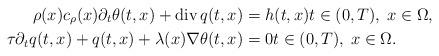
LaTeX: \begin{align*} \rho(x) c_{\rho}(x) \partial_{t} \theta(t, x) + \mathrm{div}\, q(t, x) &= h(t, x) t \in (0, T), \; x \in \Omega, \\ \tau \partial_{t} q(t, x) + q(t, x) + \lambda(x) \nabla \theta(t, x) &= 0 t \in (0, T), \; x \in \Omega. \end{align*}